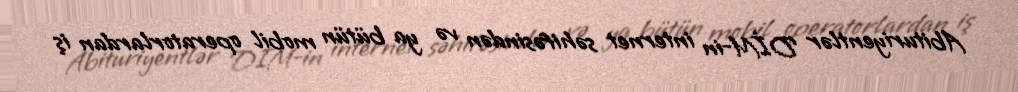
Abituriyentlər DİM-in internet səhifəsindən və ya bütün mobil operatorlardan iş